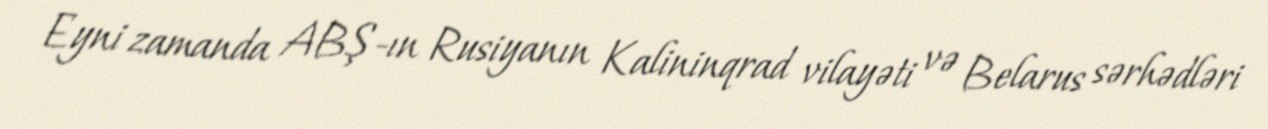
Eyni zamanda ABŞ-ın Rusiyanın Kalininqrad vilayəti və Belarus sərhədləri